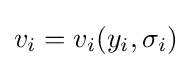
v_{i}=v_{i}(y_{i},\sigma _{i})